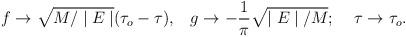
LaTeX: \begin{align*}f\rightarrow\sqrt{M/\mid E\mid}(\tau_o-\tau),\;\;\;g\rightarrow-\frac{1}{\pi}\sqrt{\mid E\mid/ M};\;\;\;\;\tau\rightarrow\tau_o.\end{align*}